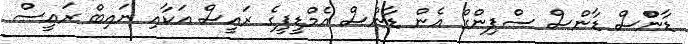
ޑާންްސް ޑާންސް ސްޕިންގް އެން ޑާންސް އެމްޑީޕީގެ ރައީސް އަކާއި ނައިބް ރައީސް